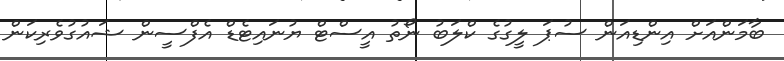
ބާމަންއަށް އިންޑިއަން ސުޕަ ލީގުގެ ކްލަބު ނޯތު އީސްޓް ޔުނައިޓެޑް އެފްސީން ޝައުގުވެރިކަން